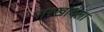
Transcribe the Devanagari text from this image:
पारखायला